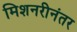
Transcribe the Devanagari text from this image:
मिशनरीनंतर